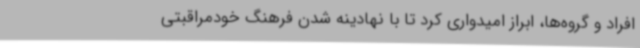
افراد و گروه‌ها، ابراز امیدواری کرد تا با نهادینه شدن فرهنگ خودمراقبتی